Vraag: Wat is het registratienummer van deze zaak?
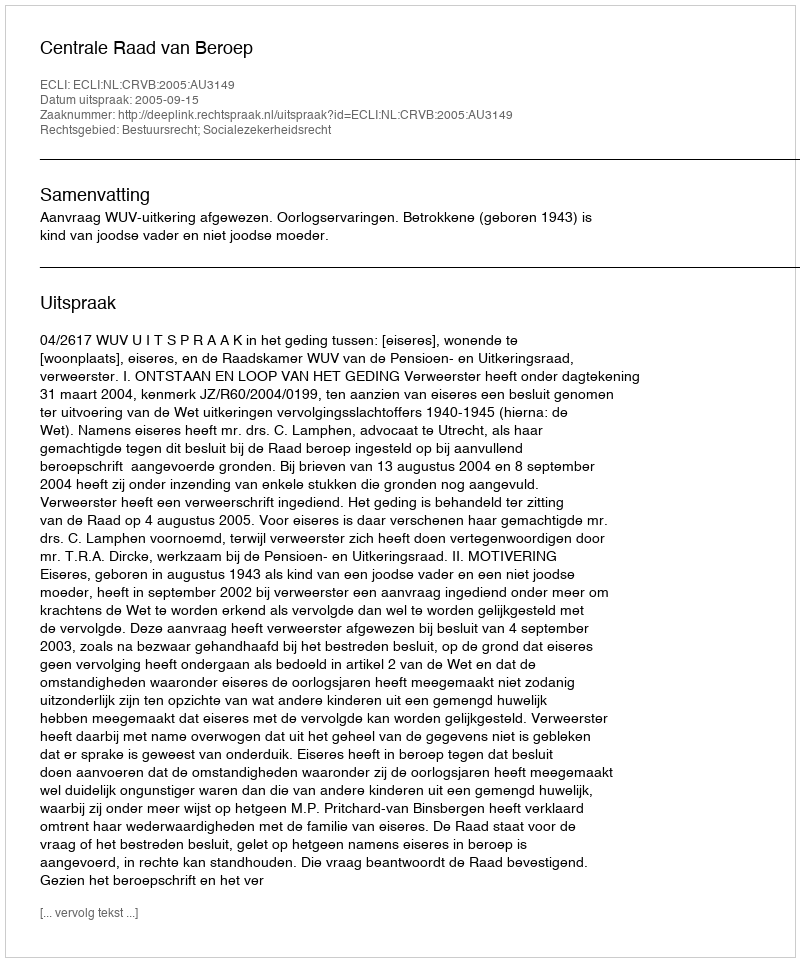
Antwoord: http://deeplink.rechtspraak.nl/uitspraak?id=ECLI:NL:CRVB:2005:AU3149